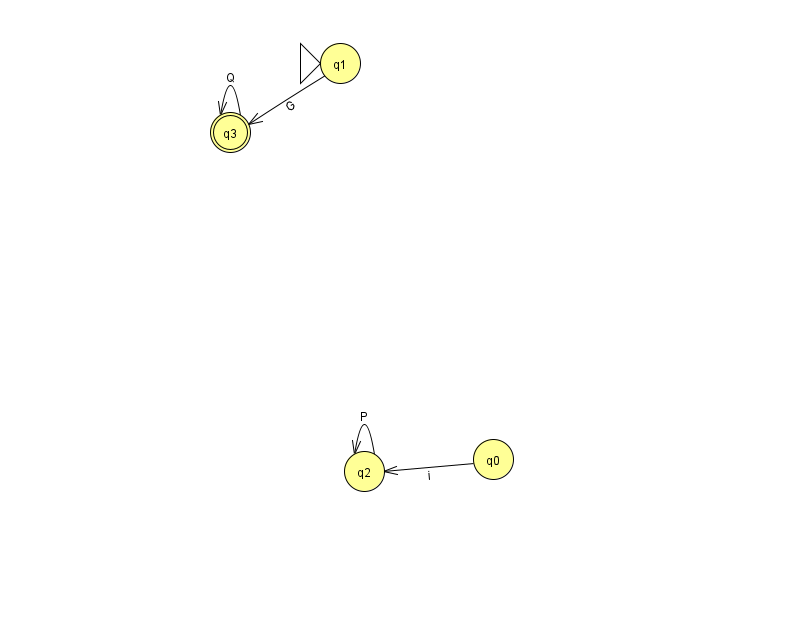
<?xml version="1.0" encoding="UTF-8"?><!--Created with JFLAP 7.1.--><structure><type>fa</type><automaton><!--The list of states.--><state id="0" name="q0"><x>493.0</x><y>446.0</y></state><state id="1" name="q1"><x>340.0</x><y>50.0</y><initial/></state><state id="2" name="q2"><x>364.0</x><y>458.0</y></state><state id="3" name="q3"><x>230.0</x><y>119.0</y><final/></state><!--The list of transitions.--><transition><from>2</from><to>2</to><read>P</read></transition><transition><from>3</from><to>3</to><read>Q</read></transition><transition><from>1</from><to>3</to><read>G</read></transition><transition><from>0</from><to>2</to><read>i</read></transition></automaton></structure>